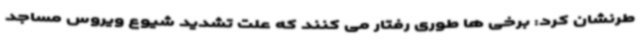
طرنشان کرد: برخی ها طوری رفتار می کنند که علت تشدید شیوع ویروس مساجد